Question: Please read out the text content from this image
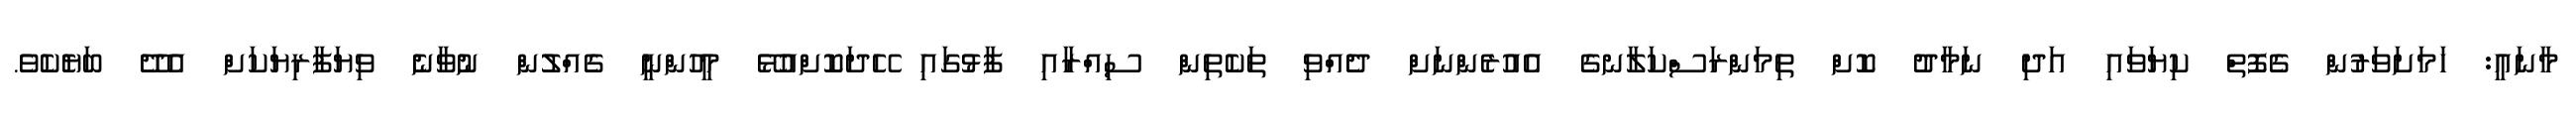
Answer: މާނައީ: ހަމަށަވަރުން ގެފޮތް ކިޔަވައި އަދި ނަމާދު ކޮށް ތިމަންރަސްކަލާނގެ އެއުރެންނަށް ދެއްވި ތަކެތިން ސިއްރާއި ފާޅުގައި ހޭދަކޮށްއުޅޭ މީހުންނީ ގެއްލުން ނުވާނެ ވިޔަފާރިޔަކަށް އެދޭ ބަޔެކެވެ.